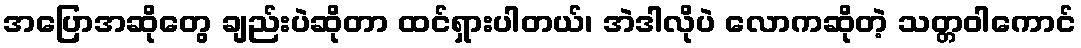
အပြောအဆိုတွေ ချည်းပဲဆိုတာ ထင်ရှားပါတယ်၊ အဲဒါလိုပဲ လောကဆိုတဲ့ သတ္တဝါကောင်